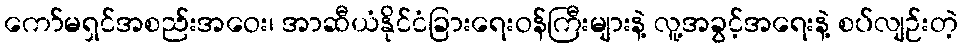
ကော်မရှင်အစည်းအဝေး၊ အာဆီယံနိုင်ငံခြားရေးဝန်ကြီးများနဲ့ လူ့အခွင့်အရေးနဲ့ စပ်လျဉ်းတဲ့